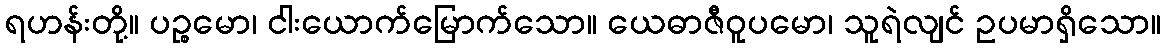
ရဟန်းတို့။ ပဉ္စမော၊ ငါးယောက်မြောက်သော။ ယေဓာဇီဝူပမော၊ သူရဲလျင် ဥပမာရှိသော။